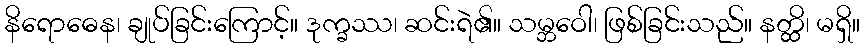
နိရောဓေန၊ ချုပ်ခြင်းကြောင့်။ ဒုက္ခဿ၊ ဆင်းရဲ၏။ သမ္ဘဝေါ၊ ဖြစ်ခြင်းသည်။ နတ္ထိ၊ မရှိ။